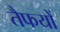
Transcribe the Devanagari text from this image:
तैफयों